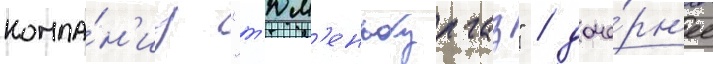
компа́н'иу "т'юм'еньбургаз" / доче́рн'ее